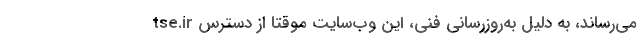
tse.ir می‌رساند، به دلیل به‌روزرسانی فنی، این وب‌سایت موقتاً از دسترس